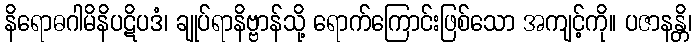
နိရောဓဂါမိနိပဋိပဒံ၊ ချုပ်ရာနိဗ္ဗာန်သို့ ရောက်ကြောင်းဖြစ်သော အကျင့်ကို။ ပဇာနန္တိ၊